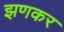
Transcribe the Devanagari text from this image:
झणकर